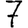
Digit: 7